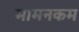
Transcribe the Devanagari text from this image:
मामनकम